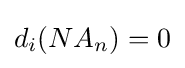
d_{i}(NA_{n})=0